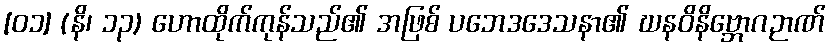
[၀၁] (နိ၊ ၁၃) ဟောထိုက်ကုန်သည်၏ အဖြစ် ပဘေဒဒေသနာ၏ ဃနဝိနိဗ္ဘောဂဉာဏ်